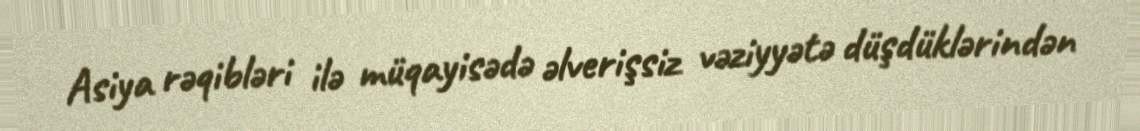
Asiya rəqibləri ilə müqayisədə əlverişsiz vəziyyətə düşdüklərindən